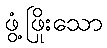
ဖွံ့ဖြိုးသော